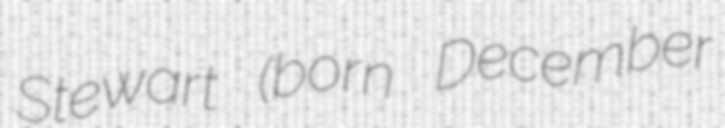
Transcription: Stewart (born December